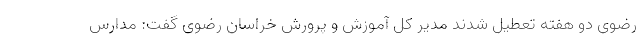
رضوی دو هفته تعطیل شدند مدیر کل آموزش و پرورش خراسان رضوی گفت: مدارس